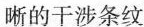
晰的干涉条纹